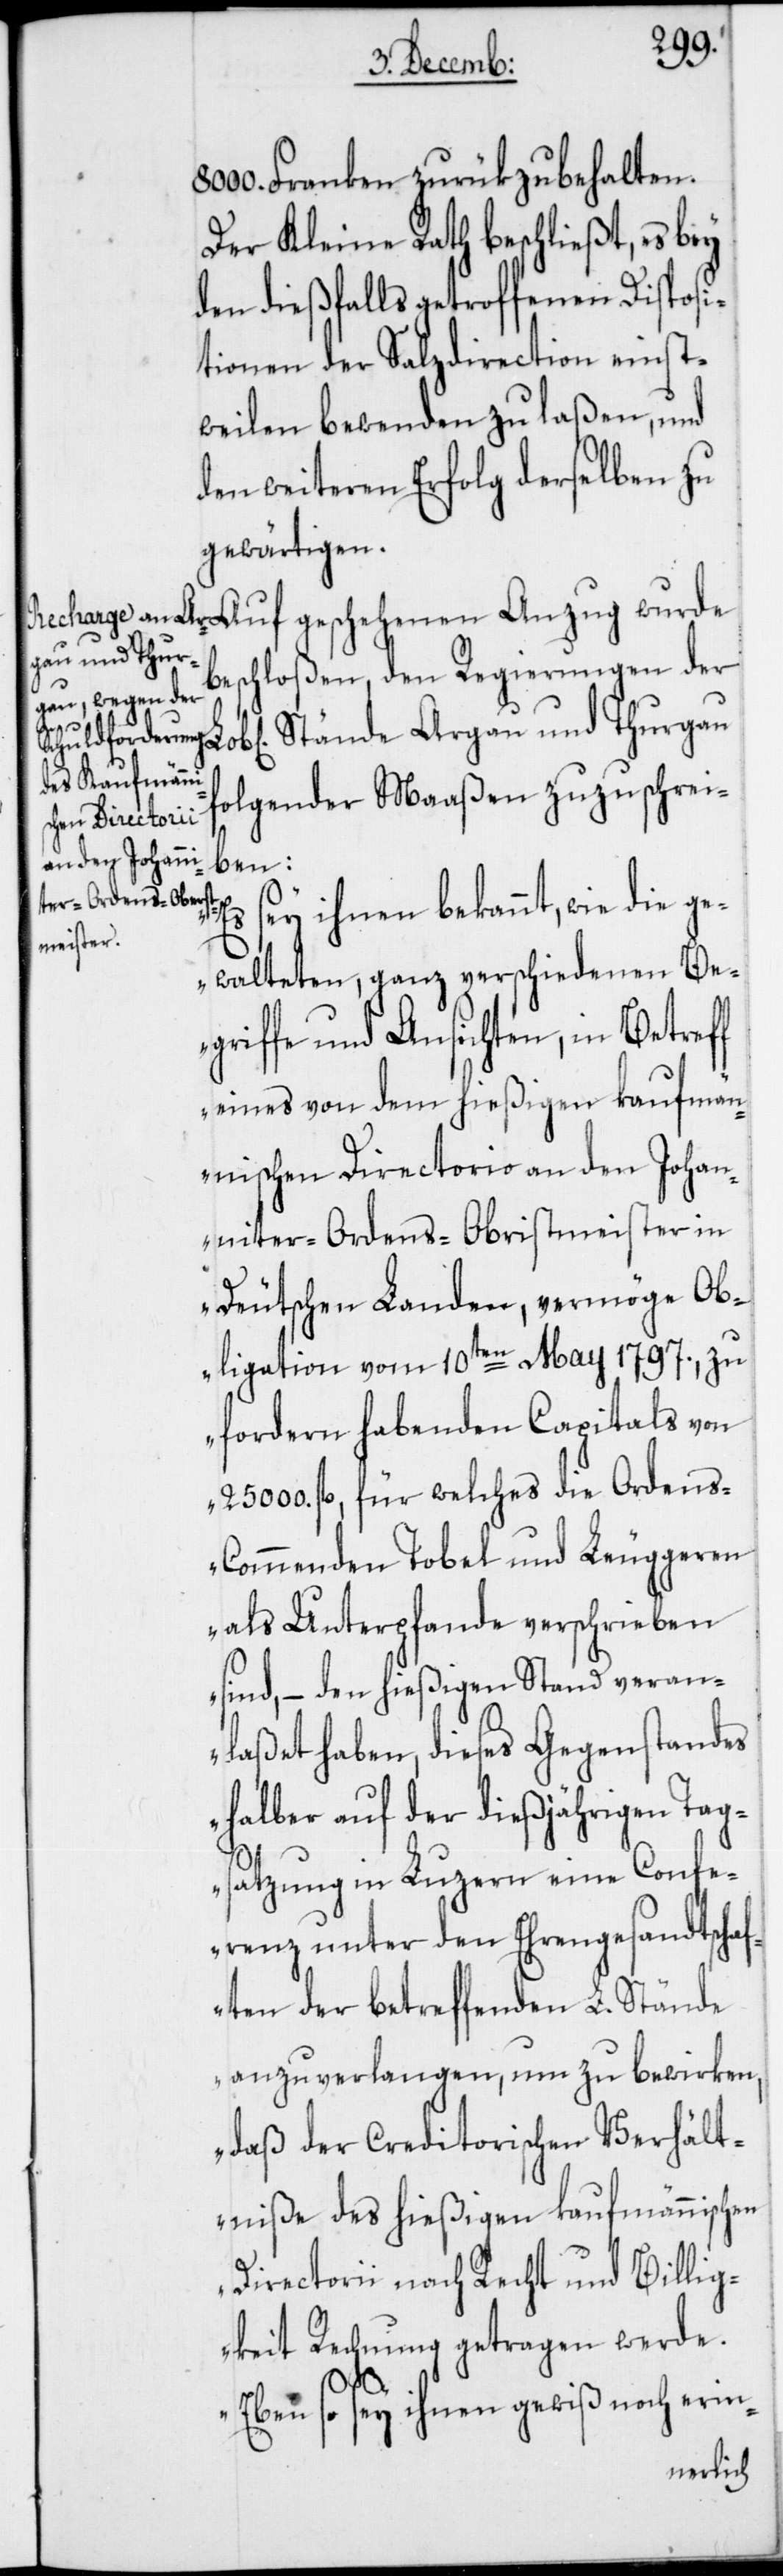
Franken zurükzubehalten.
Der Kleine Rath beschließt, es bey
den dießfalls getroffenen Disposi¬
tionen der Salzdirection einst¬
weilen bewenden zu laßen, und
den weiteren Erfolg derselben zu
gewärtigen.
beschloßen, den Regierungen der
Lob[lichen] Stände Argau und Thurgau
folgender Maaßen zuzuschrei¬
ben:
ey ihnen bekannt, wie die ge¬
walteten, ganz verschiedenen Be¬
griffe und Ansichten, in Betreff
eines von dem hießigien kaufmän¬
nischen Directorio an den Johan¬
niter-Ordens-Obristmeister in
deutschen Landen, vermöge Ob¬
ilgation vom 10ten May 1797., zu
fordern habenden Capitals von
25 000. fl., für welches die Ordens-C¬
ommenden Tobel und Leuggeren
als Unterpfande verschrieben
sind, – den hießigen Stand veran¬
laßet haben, dieses Gegenstandes
halber auf der dießjährigen Tag¬
satzung in Luzern eine Confe¬
renz unter den Ehrengesandtschaf¬
ten der betreffenden L. Stände
anzuverlangen, um zu bewirken,
daß der Creditorischen Verhält¬
niße des hießigen kaufmännischen
Directorii nach Recht und Billig¬
keit Rechnung getragen werde.
s¬
Eben so sey ihnen gewiß noch erin-